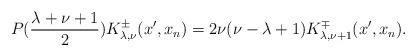
LaTeX: \begin{align*} P(\frac{\lambda+\nu+1}{2})K^\pm_{\lambda,\nu}(x^\prime,x_n) =2\nu(\nu-\lambda+1)K^\mp_{\lambda,\nu+1}(x^\prime,x_n). \end{align*}